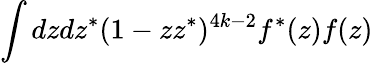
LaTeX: \int dzdz^{*}(1-zz^{*})^{4k-2}f^{*}(z)f(z)